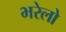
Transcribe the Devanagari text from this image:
भरेलो